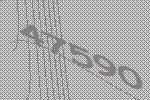
47590